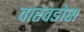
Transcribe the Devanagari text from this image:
वारवडोस